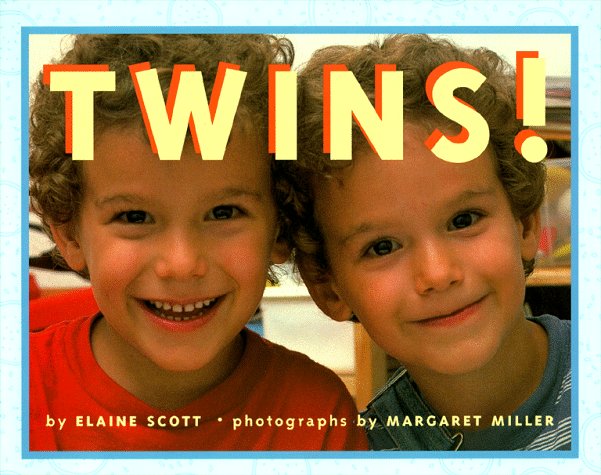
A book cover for Twins!; Elaine Scott; Parenting & Relationships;